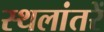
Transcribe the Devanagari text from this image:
स्थलांतरें